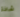
شاذة